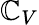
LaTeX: \mathbb{C}_{V}